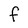
Character: f